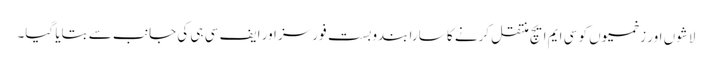
لاشوں اور زخمیوں کو سی ایم ایچ منتقل کرنے کا سارا بندوبست فورسز اور ایف سی ہی کی جانب سے بتایا گیا۔